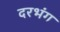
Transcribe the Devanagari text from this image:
दरभंग